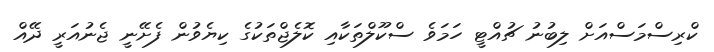
ކްރިސްމަސްއަށް ލިބުނު ޗުއްޓީ ހަމަވެ ސްކޫލްތަކާއި ކޮލެޖްތަކުގެ ކިޔެވުން ފެށޭނީ ޖެނުއަރީ ދޭއް